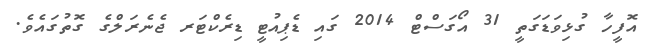
އޮފީހާ ގުޅިވަޑަގަތީ 31 އޯގަސްޓް 2014 ގައި ޑެޕިއުޓީ ޑިރެކްޓަރ ޖެނެރަލްގެ ގޮތުގައެވެ.